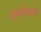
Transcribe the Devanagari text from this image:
शुभचिन्हास